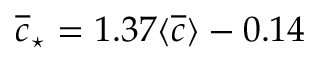
\overline { { c } } _ { \star } = 1 . 3 7 \langle \overline { { c } } \rangle - 0 . 1 4